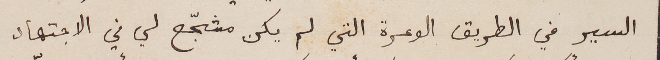
السير في الطريق الوعرة التي لم يكن مشجّع لي في الاجتهاد